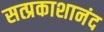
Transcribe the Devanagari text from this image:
सत्प्रकाशानंद